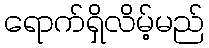
ရောက်ရှိလိမ့်မည်